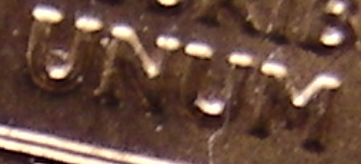
UNUM